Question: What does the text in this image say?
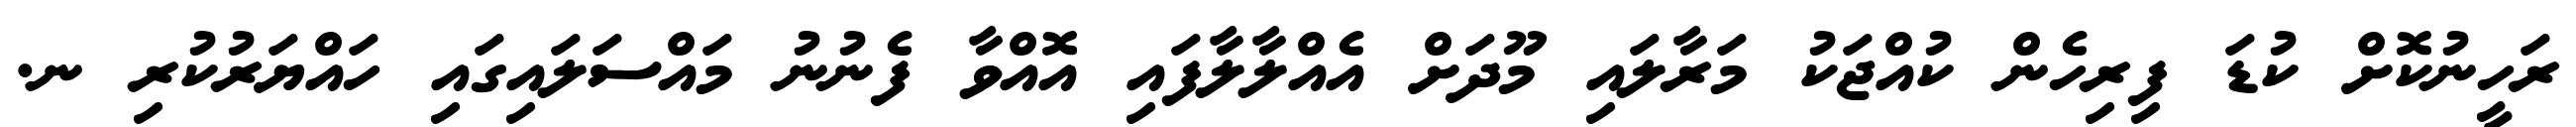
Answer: ރަހީނުކޮށް ކުޑަ ފިރިހެން ކުއްޖަކު މަރާލައި މޫދަށް އެއްލާލާފައި އޮއްވާ ފެނުނު މައްސަލައިގައި ހައްޔަރުކުރި ނ.